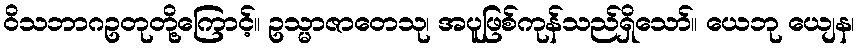
ဝိသဘာဂဥတုတို့ကြောင့်။ ဥသ္မာဇာတေသု၊ အပူဖြစ်ကုန်သည်ရှိသော်။ ယေဘု ယျေန၊